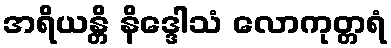
အရိယန္တိ နိဒ္ဒေါသံ လောကုတ္တရံ